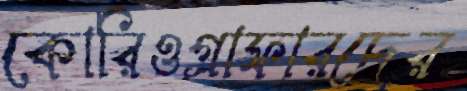
কোরিওগ্রাফারদের